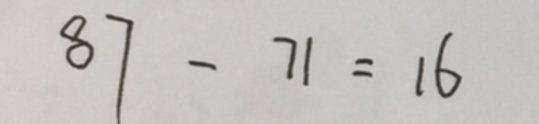
8 7 - 7 1 = 1 6